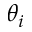
\theta _ { i }